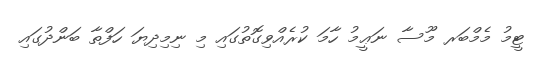
ޓީމު މެމްބަރ މޫސާ ނަޢީމު ހާމަ ކުރެއްވިގޮތުގައި މި ނިމިދިޔަ ހަފްތާ ބަންދުގައި